Annual vaccination report of Bihar and Orissa - 1911-1928
Year: 1911
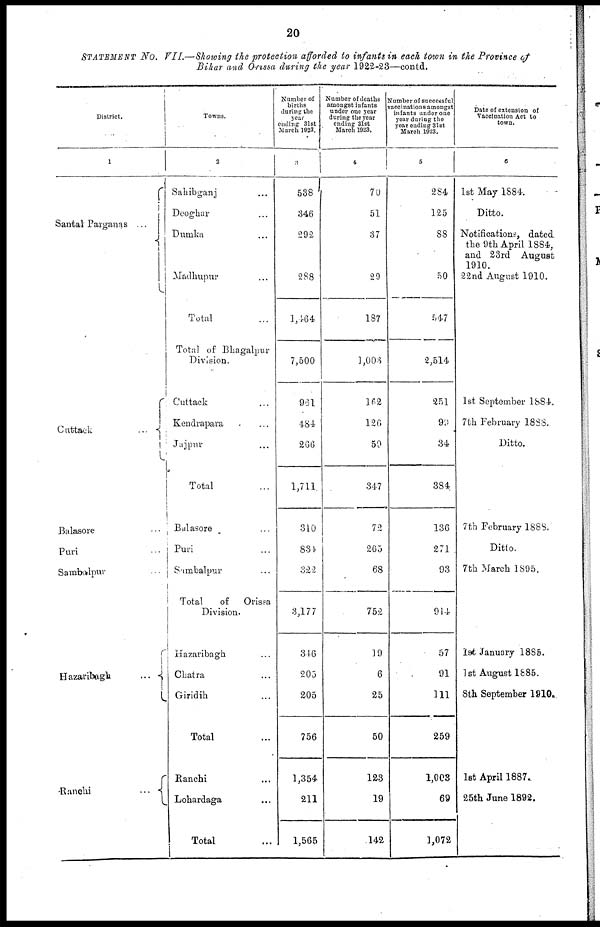
20
STATEMENT No. VII.—Showing the protection afforded to infants in each town in the Province of
Bihar and Orissa during the year 1922-23—contd.
District.
1
Santal Parganas
...
Cuttack
...
Balasore ...
Puri ...
Sambalpur ...
Hazaribagh
...
Ranchi
...
Towns.
2
Sahibganj ...
Deoghar ...
Dumka ...
Madhupur ...
Total ...
Total of Bhagalpur
Division.
Cuttack ...
Kendrapara ...
Jajpur ...
Total ...
Balasore ...
Puri ...
Sambalpur ...
Total
of
Orissa
Division.
Hazaribagh ...
Chatra ...
Giridih ...
Total ...
Ranchi ...
Lohardaga ...
Total ...
Number of
births
during the
year
ending 31st
March 1923.
3
538
346
292
288
1,464
7,500
961
484
266
1,711
310
834
322
3,177
346
205
205
756
1,354
211
1,565
Number of deaths
amongst infants
under one year
during the year
ending 31st
March 1923.
4
70
51
37
29
187
1,003
162
126
59
347
72
265
68
752
19
6
25
50
123
19
142
Number of successful
vaccinations amongst
infants under one
year during the
year ending 31st
March 1923.
5
284
125
88
50
547
2,514
251
99
34
384
136
271
93
914
57
91
111
259
1,003
69
1,072
Date of extension of
Vaccination Act to
town.
6
1st May 1884.
Ditto.
Notifications, dated
the 9th April 1884,
and 23rd August
1910.
22nd August 1910.
1st September 1884.
7th February 1888.
Ditto.
7th February 1888.
Ditto.
7th March 1895.
1st January 1885.
1st August 1885.
8th September 1910.
1st April 1887.
25th June 1892.